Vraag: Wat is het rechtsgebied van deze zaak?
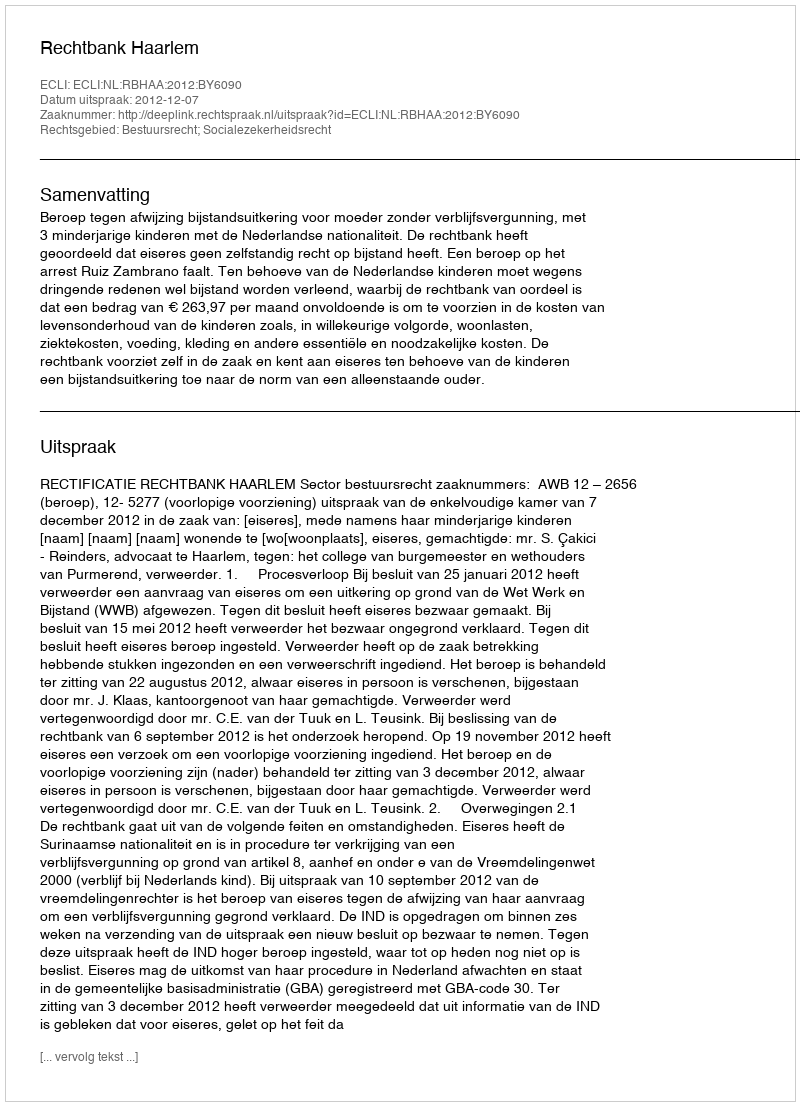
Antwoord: Bestuursrecht; Socialezekerheidsrecht